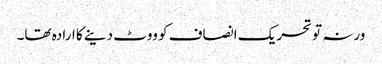
ورنہ تو تحریک انصاف کو ووٹ دینے کا ارادہ تھا۔